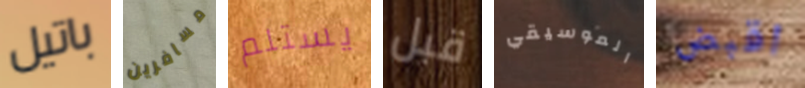
باتيل مسافرين يستلم قبل الموسيقي اقبض